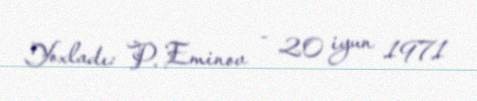
Yoxladı: P. Eminov - 20 iyun 1971